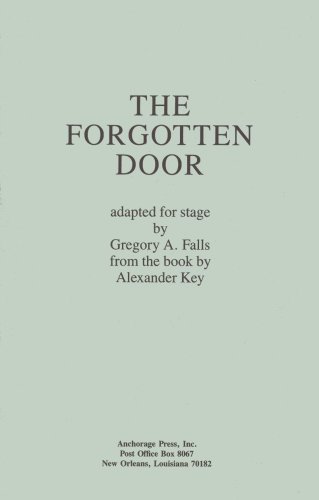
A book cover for The Forgotten Door; Gregory A. Falls; Literature & Fiction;